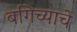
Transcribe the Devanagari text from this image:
बगिच्याचे